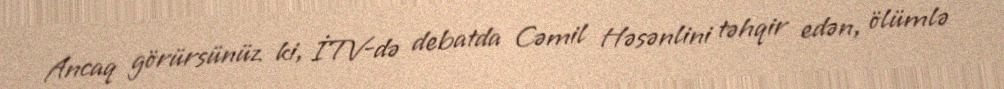
Ancaq görürsünüz ki, İTV-də debatda Cəmil Həsənlini təhqir edən, ölümlə